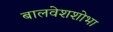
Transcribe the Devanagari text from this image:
बालवेशशोभा